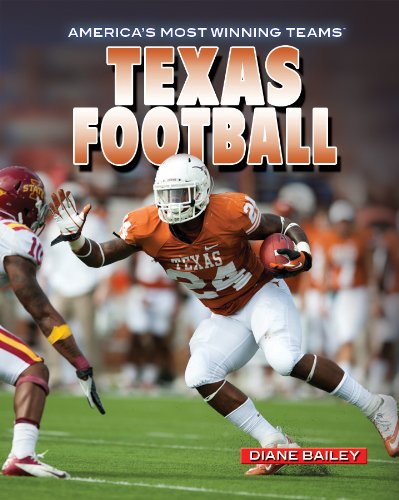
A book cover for Texas Football (America's Most Winning Teams); Diane Bailey; Teen & Young Adult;